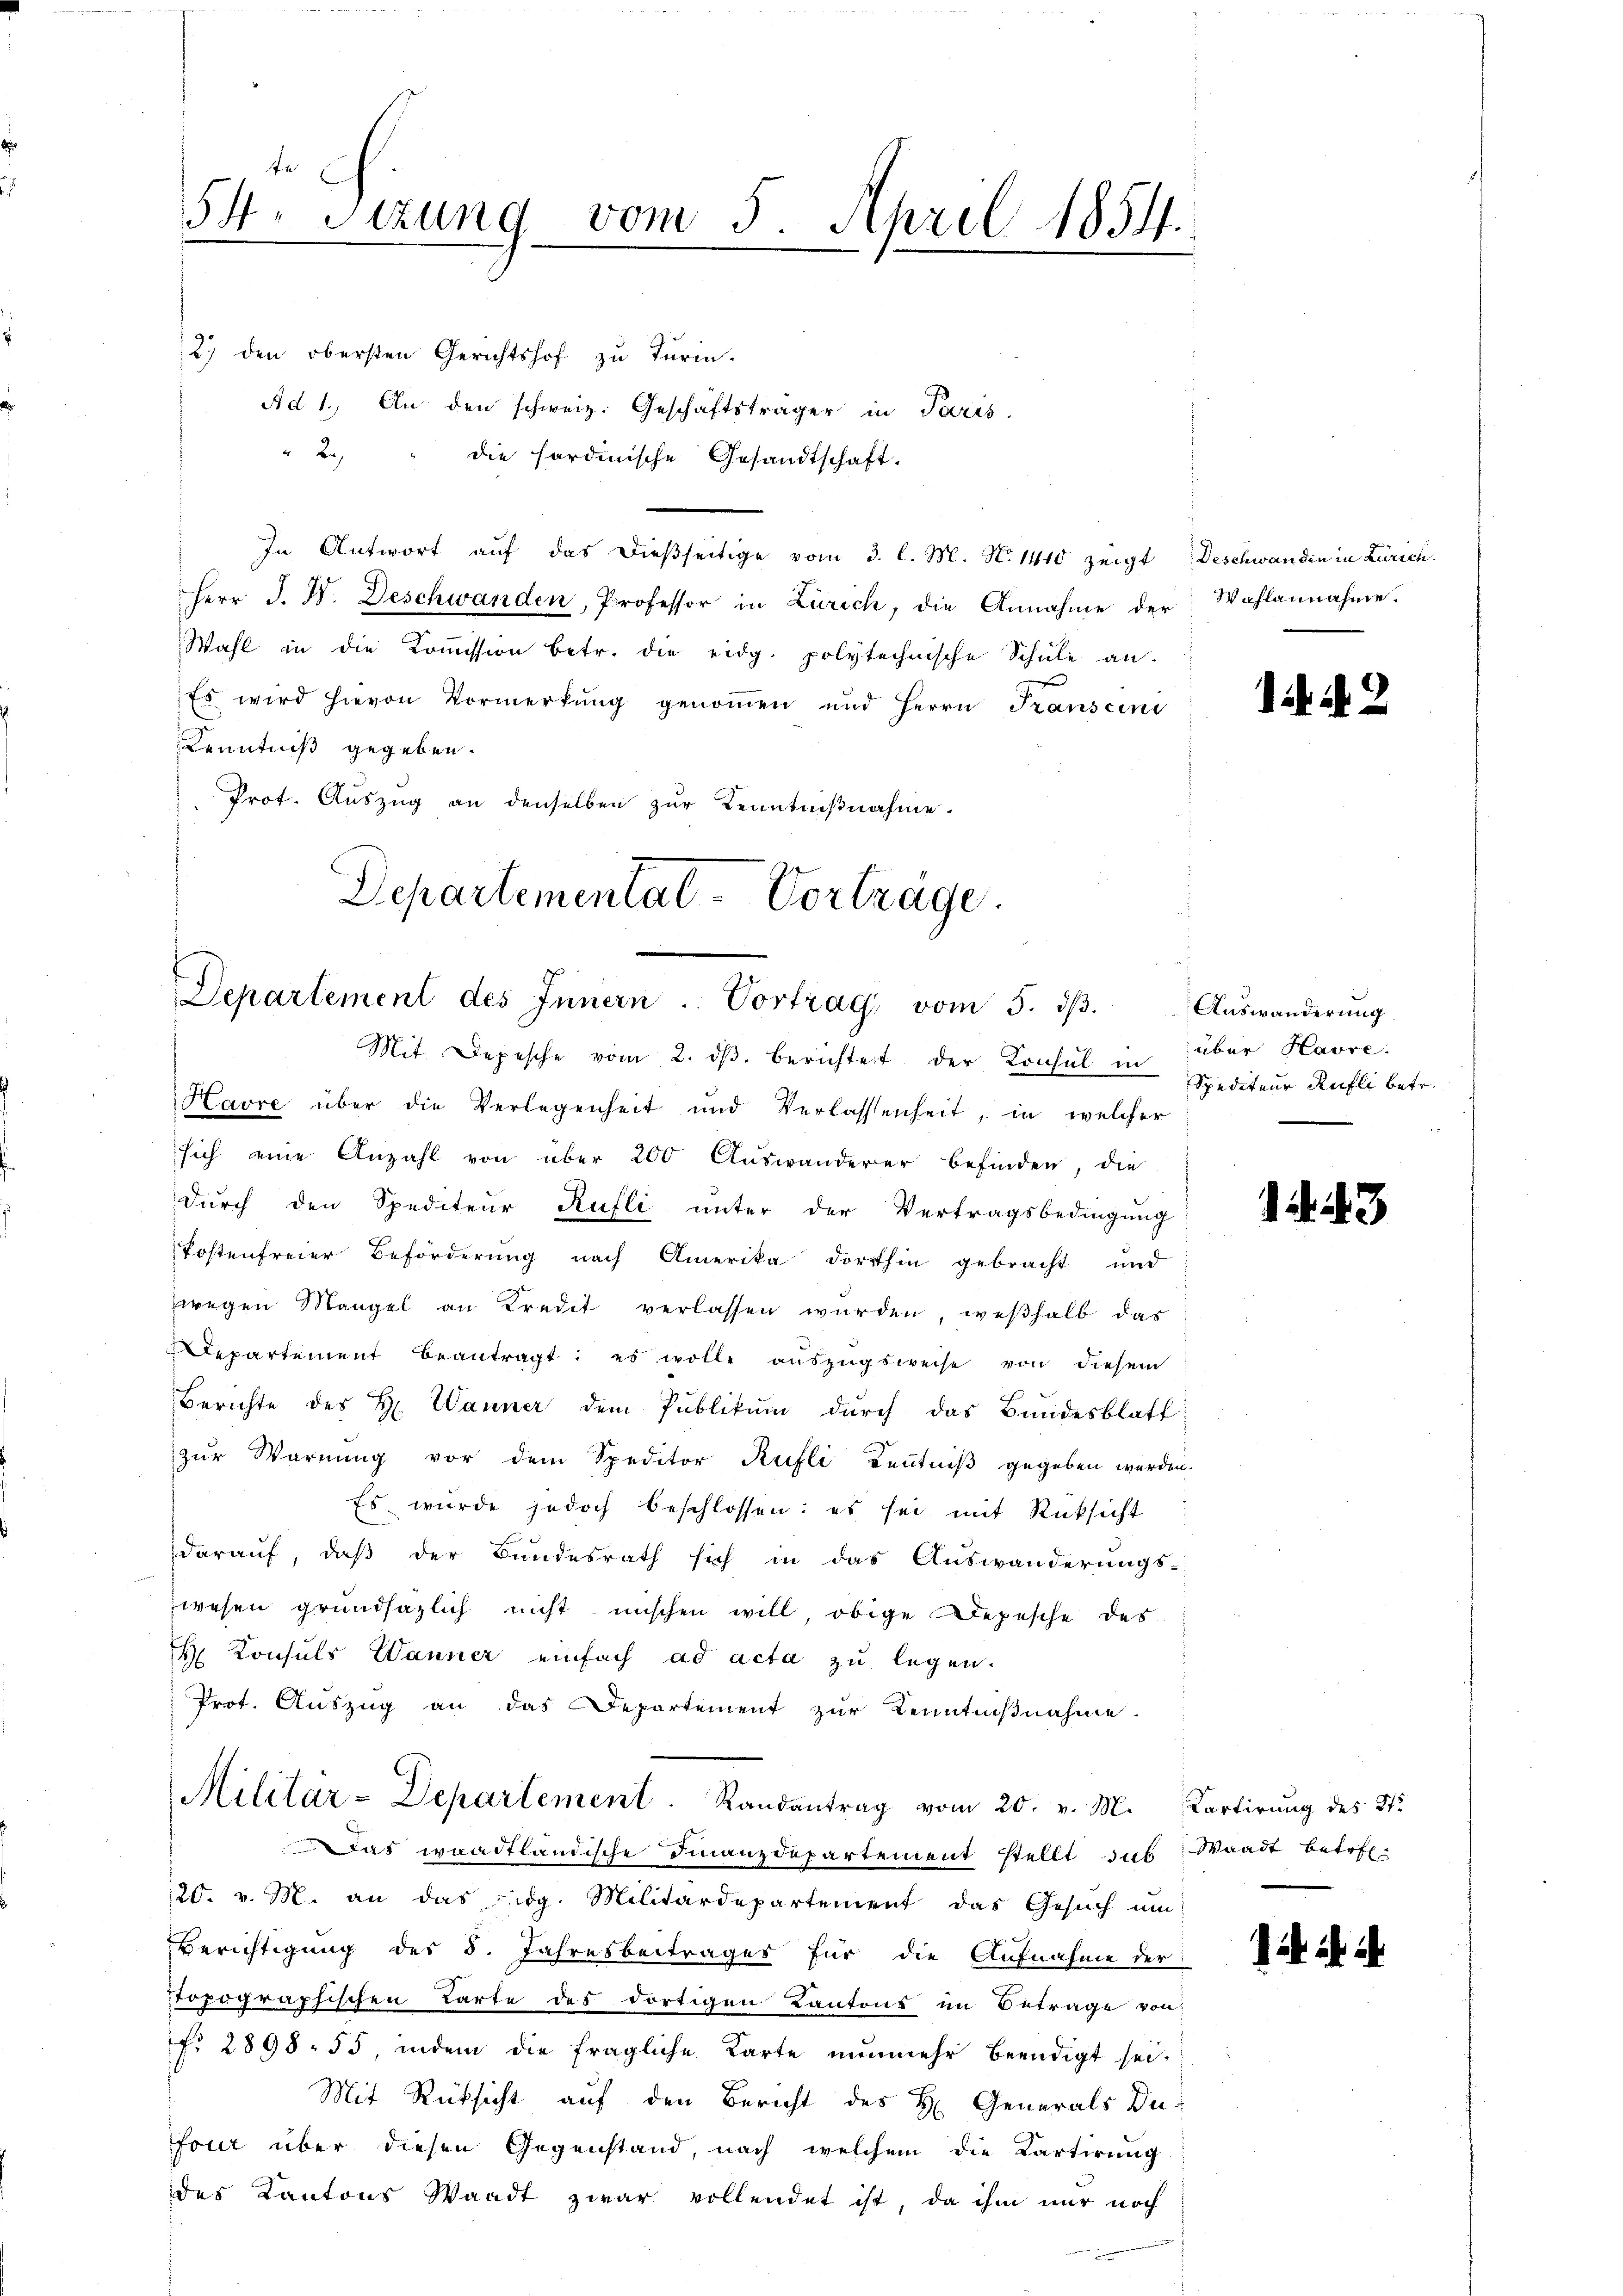
54. Sitzung vom 5. April 1854.

2) den obersten Gerichtshof zu Turin.
Ad 1. An den schweiz. Geschäftsträger in Paris.
" 2 " die hordinische Gesandtschaft.
In Antwort aŭf das dieβseitige vom 3. l. M. N. 1410 zeigt Deschwanden in Zürich.
Herr J. H. Beschwanden, Professor in Zürich, die Annahme der
Wahl in die Koṁission betr. die eidg. polytechnische Schule an.
Es wird hievon Vormerkŭng genoṁen und Herrn Franscini
Kenntniß gegeben.
Prot. Auszug an denselben zur Kenntnißnahme.

Departemental-Vorträge.
Departement des Innern. Vortrag vom 5. dβ.
Mit Depesche vom 2. dβ. berichtet der Konsul in über Havre.

Havre über die Verlegenheit und Verlassenheit, in welcher
sich eine Anzahl von über 200 Auswanderer befinden, die
durch den Spediteur Rufli unter der Vertragsbedingung
Postenfreier Beförderung nach Amerika dorthin gebracht und
wegen Mangel an Kredit verlassen würden, weshalb dar
Departement beantragt: es wolle aŭszŭgsweise von diesem
Berichte des H. Wanner dem Publikŭm durch das Bundesblatt
zur Warnung vor dem Speditor Rufli Kenntniß gegeben werden.
Es würde jedoch beschlossen: es sei mit Rücksicht
darauf, daß der Bundesrath sich in das Auswanderungs-
wesen grundsazlich nicht mischen will, obige Depesche des
H. Konsuls Wanner einfach ad acta zu legen.
Prot. Auszug an das Departement zur Kenntniβnahme.
Militar-Departement. Randantrag vom 20. v. M. Kartirung des St.
Das waadtländische Finanzdepartement stellt das Waadt betreten
120. v. M. an das eidg. Militärdepartement das Gesuch um
Berichtigung des 8. Jahresbeitrages für die Aufnahme der
Topographischen Karte des dortigen Kantons im Betrage von
fr. 2898. 55, indem die fragliche Karte nunmehr beendigt sei.
Mit Rücksicht auf den Bericht des H. Generals Defour über diesen Gegenstand, nach welchem die Cartirung
des Kantons Waadt zwar vollendet ist, da ihm nur noch

Wahlannahme.

Auswanderung
Spediteur Rufli betr.

.

12

3.